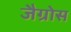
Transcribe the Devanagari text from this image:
जैग्रोस